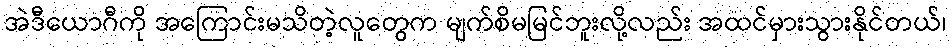
အဲဒီယောဂီကို အကြောင်းမသိတဲ့လူတွေက မျက်စိမမြင်ဘူးလို့လည်း အထင်မှားသွားနိုင်တယ်၊